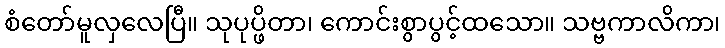
စံတော်မူလှလေပြီ။ သုပုပ္ဖိတာ၊ ကောင်းစွာပွင့်ထသော။ သဗ္ဗကာလိကာ၊